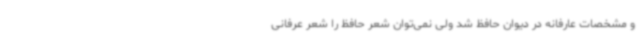
و مشخصات عارفانه در دیوان حافظ شد ولی نمی‌توان شعر حافظ را شعر عرفانی